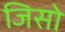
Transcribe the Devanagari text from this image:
जिसो